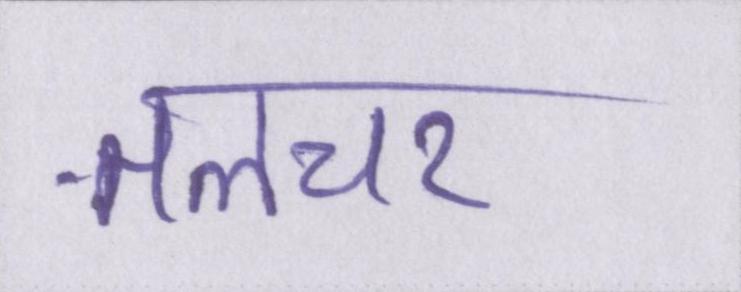
तलचर